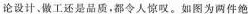
论设计、做工还是品质，都令人惊叹。如图为两件绝